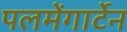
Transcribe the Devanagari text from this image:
पलमेंगार्टेन